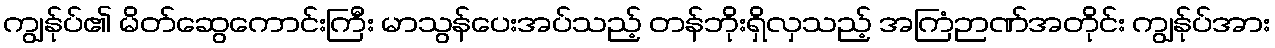
ကျွန်ုပ်၏ မိတ်ဆွေကောင်းကြီး မာသွန်ပေးအပ်သည့် တန်ဘိုးရှိလှသည့် အကြံဉာဏ်အတိုင်း ကျွန်ုပ်အား